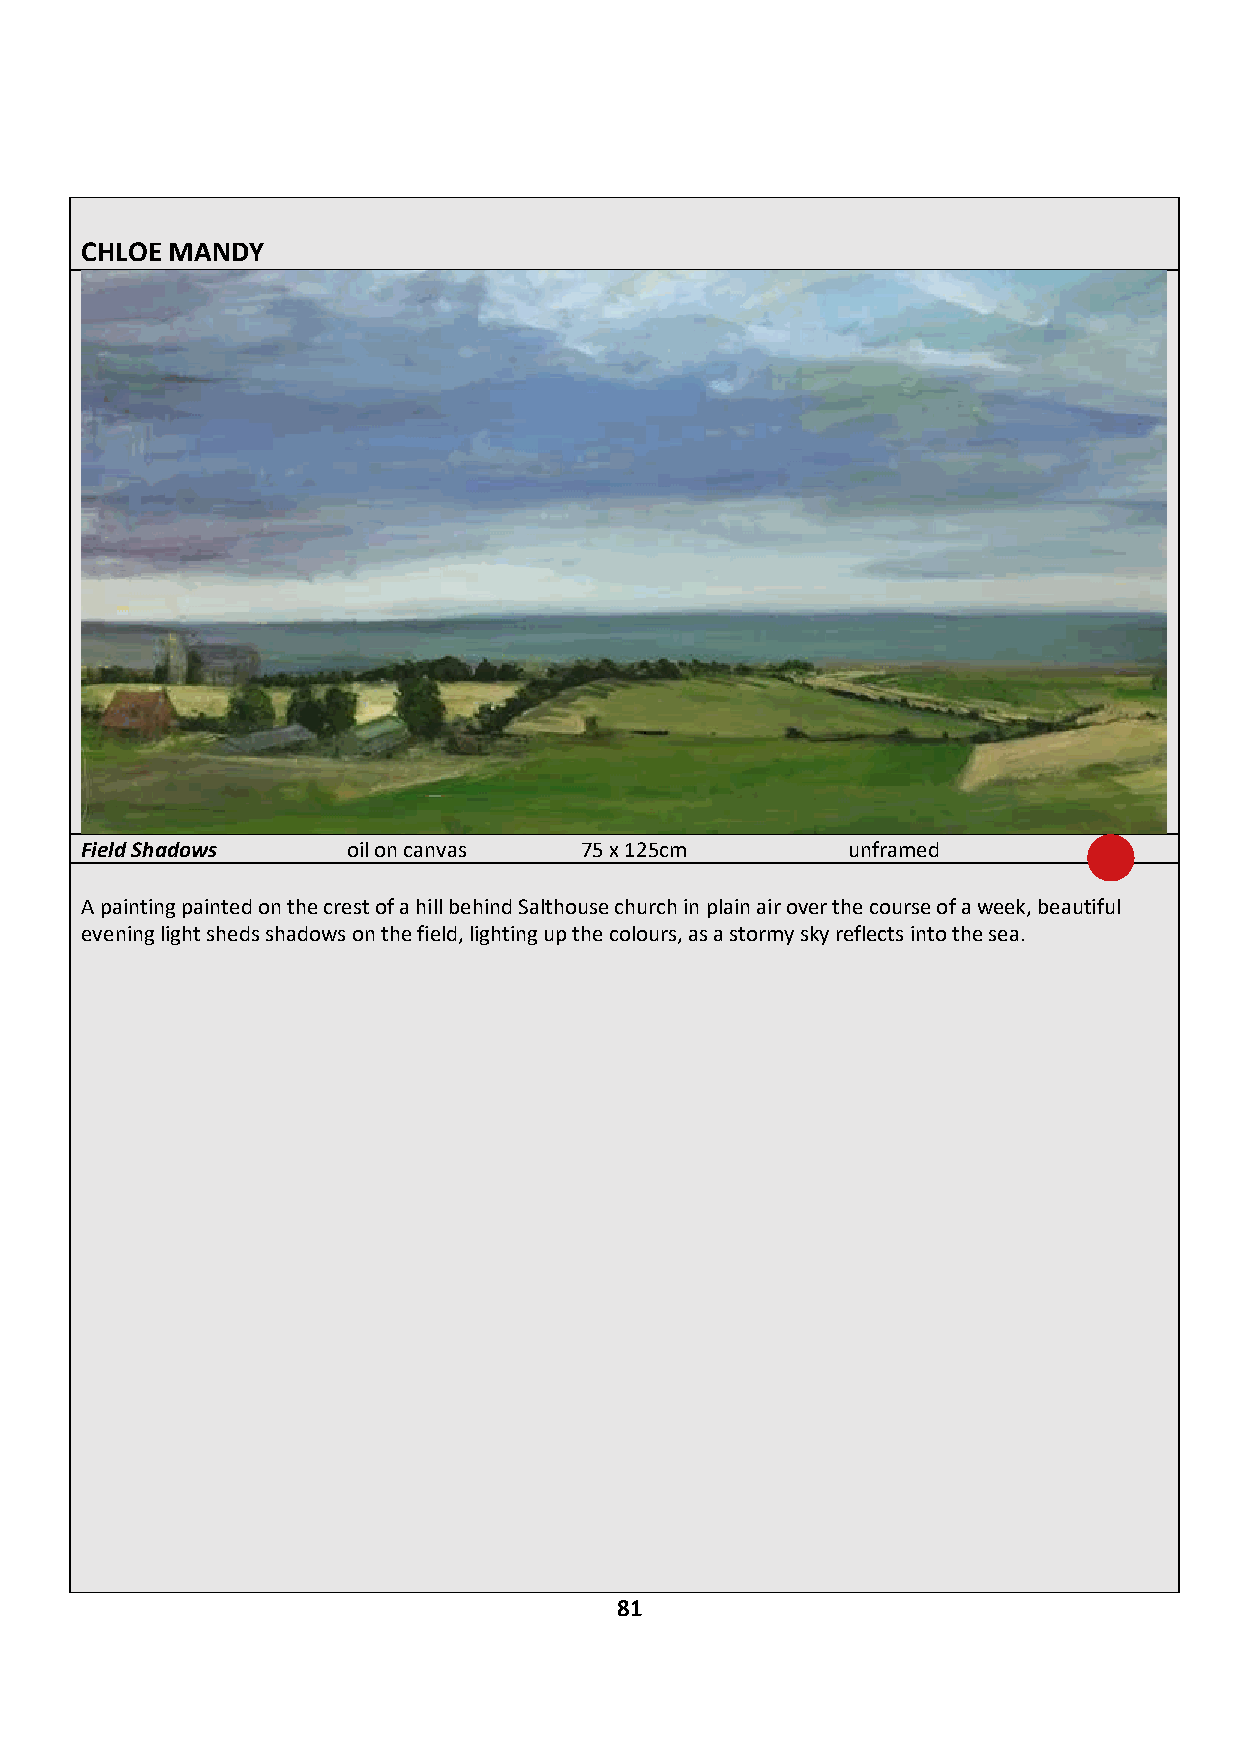
CHLOE MANDY
 Field Shadows     oil on canvas  75 x 125cm        unframed        £1,500
 A painting painted on the crest of a hill behind Salthouse church in plain air over the course of a week, beautiful
 evening light sheds shadows on the field, lighting up the colours, as a stormy sky reflects into the sea.
 IF YOU ARE INTERESTED IN BUYING THIS WORK CONTACT: JAMES GLENNIE – 07799 307 437
 81